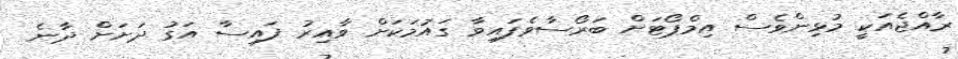
ރާއްޖެއަކީ މުޅިންވެސް އިމްޕޯޓަށް ބަރޯސާވެފައިވާ ގައުމަކަށް ވާއިރު ފައިސާ އަގު ދަށަށް ދާނެ